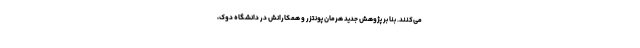
می‌کنند. بنا بر پژوهش جدید هرمان پونتزر و همکارانش در دانشگاه دوک،